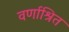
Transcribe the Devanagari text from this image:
वर्णाश्रित